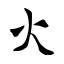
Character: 火